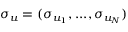
\boldsymbol { \sigma _ { u } } = ( \sigma _ { u _ { 1 } } , . . . , \sigma _ { u _ { N } } )